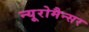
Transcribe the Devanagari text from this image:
न्यूरोमैन्सर